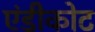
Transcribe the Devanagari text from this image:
एंडीकोट